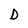
Character: D